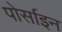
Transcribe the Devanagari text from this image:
पोर्साइन